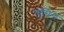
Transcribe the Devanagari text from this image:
लुसिना